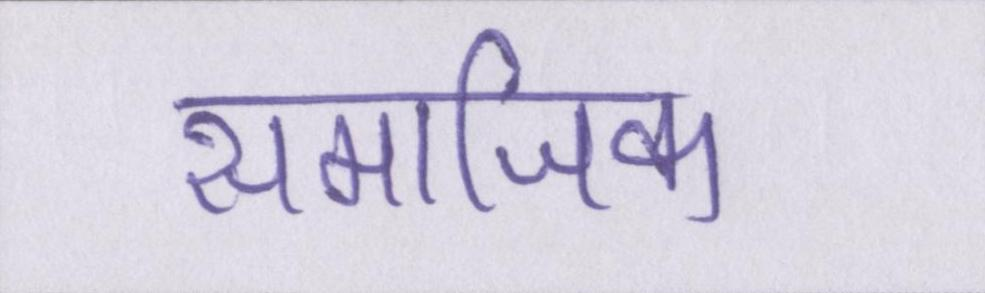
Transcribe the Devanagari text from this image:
समाजिक